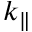
k _ { \parallel }